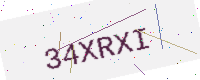
Text: 34XRXI